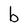
Character: b